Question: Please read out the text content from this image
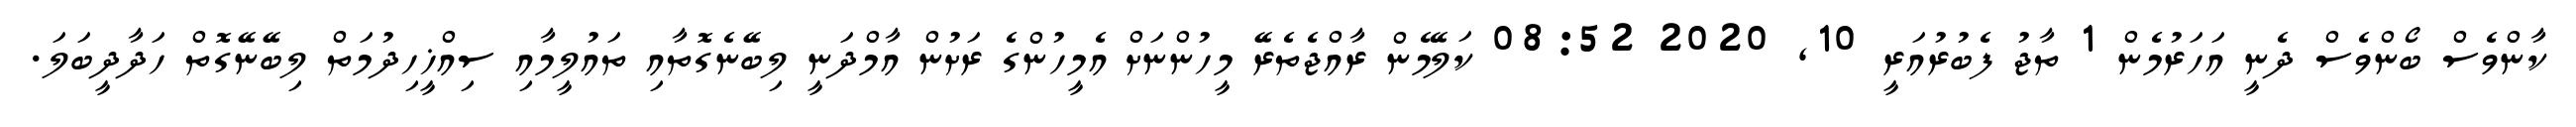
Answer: ކާންވެސް ބޯންވެސް ދެނީ އަހަރުމެން 1 ތާޖު ފެބުރުއަރީ 10, 2020 08:52 ކަލޭމެން ރާއްޖެތެރޭ މީހުންނަށް އެމީހުންގެ ރަށުން އާމްދަނީ ލިބޭނެގޮތާއި ތައުލީމާއި ސިއްޚީހިދުމަތް ލިބޭނޭގޮތް ހަދާދީބަލަ.